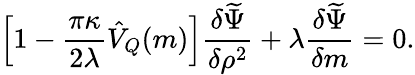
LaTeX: \left[1-\frac{\pi\kappa}{2\lambda}\hat{V}_{Q}(m)\right]\frac{\delta\widetilde\Psi}{\delta\rho^{2}}+\lambda\frac{\delta\widetilde\Psi}{\delta m}=0.